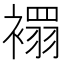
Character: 𧝁